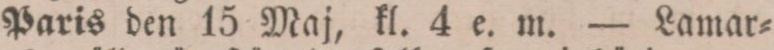
Paris den 15 Maj, kl. 4 e. m. — Lamar=